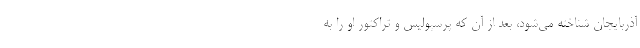
آذربایجان شناخته می‌شود، بعد از آن که پرسپولیس و تراکتور او را به